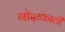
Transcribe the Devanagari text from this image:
गोदाकाठी